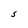
Character: S